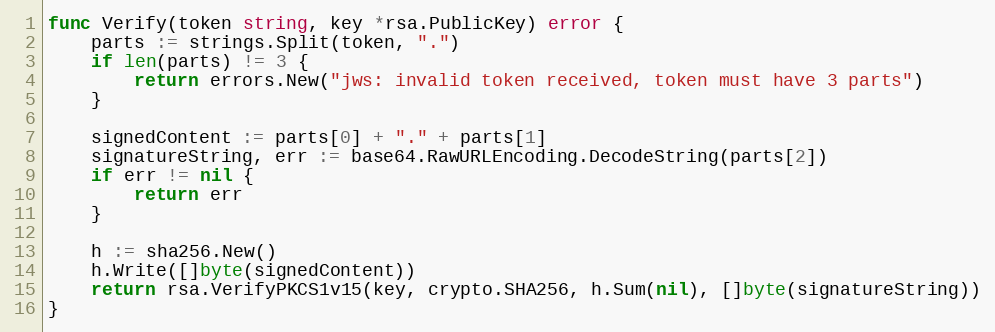
Language: Go
func Verify(token string, key *rsa.PublicKey) error {
	parts := strings.Split(token, ".")
	if len(parts) != 3 {
		return errors.New("jws: invalid token received, token must have 3 parts")
	}

	signedContent := parts[0] + "." + parts[1]
	signatureString, err := base64.RawURLEncoding.DecodeString(parts[2])
	if err != nil {
		return err
	}

	h := sha256.New()
	h.Write([]byte(signedContent))
	return rsa.VerifyPKCS1v15(key, crypto.SHA256, h.Sum(nil), []byte(signatureString))
}